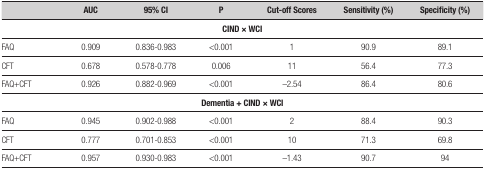
<table><thead><tr><td><b> </b></td><td><b>AUC</b></td><td><b>95% CI</b></td><td><b>P</b></td><td><b>Cut-off Scores</b></td><td><b>Sensitivity (%)</b></td><td><b>Specificity (%)</b></td></tr></thead><tbody><tr><td colspan="7"><b>CIND × WCI</b></td></tr><tr><td>FAQ</td><td>0.909</td><td>0.836-0.983</td><td>&lt;0.001</td><td>1</td><td>90.9</td><td>89.1</td></tr><tr><td>CFT</td><td>0.678</td><td>0.578-0.778</td><td>0.006</td><td>11</td><td>56.4</td><td>77.3</td></tr><tr><td>FAQ+CFT</td><td>0.926</td><td>0.882-0.969</td><td>&lt;0.001</td><td>-2.54</td><td>86.4</td><td>80.6</td></tr><tr><td colspan="7"><b>Dementia + CIND ×WCI</b></td></tr><tr><td>FAQ</td><td>0.945</td><td>0.902-0.988</td><td>&lt;0.001</td><td>2</td><td>88.4</td><td>90.3</td></tr><tr><td>CFT</td><td>0.777</td><td>0.701-0.853</td><td>&lt;0.001</td><td>10</td><td>71.3</td><td>69.8</td></tr><tr><td>FAQ+CFT</td><td>0.957</td><td>0.930-0.983</td><td>&lt;0.001</td><td>-1.43</td><td>90.7</td><td>94</td></tr></tbody></table>